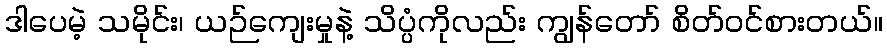
ဒါပေမဲ့ သမိုင်း၊ ယဉ်ကျေးမှုနဲ့ သိပ္ပံကိုလည်း ကျွန်တော် စိတ်ဝင်စားတယ်။